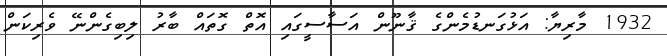
1932 މާރިޔާ: އަޅުގަނޑުމެންގެ ޤާނޫން އަސާސީގައި އޮތް ގޮތައް ބާރު ލިބިގެންނޭ ވެރިކަން